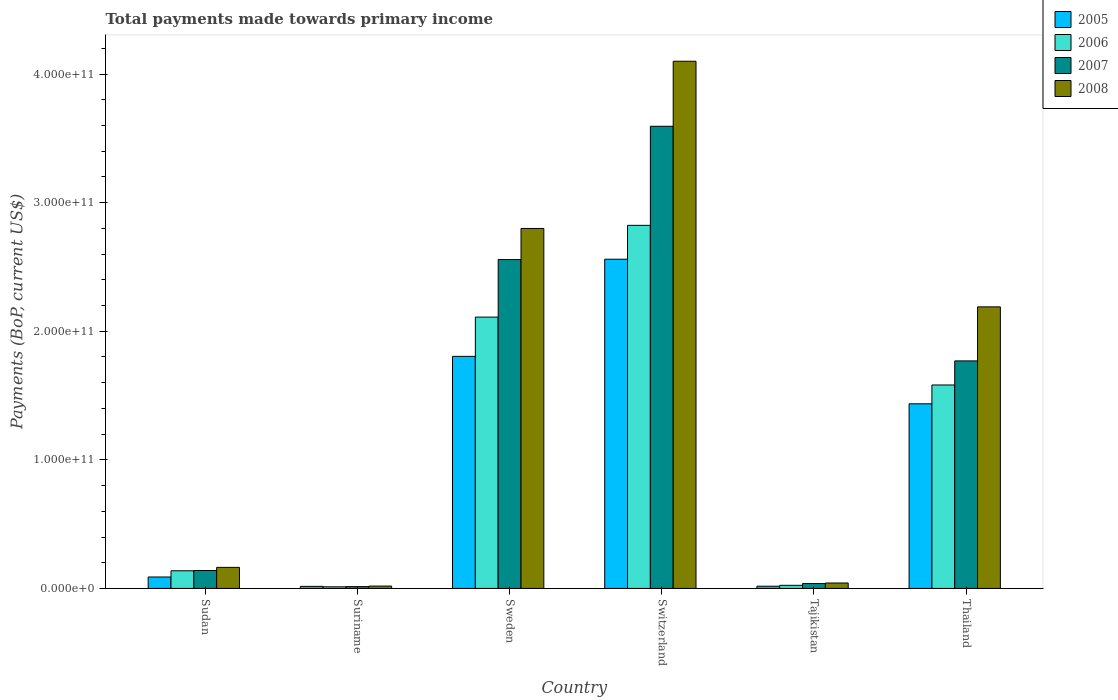
| Country | 2005 | 2006 | 2007 | 2008 |
 | --- | --- | --- | --- | --- |
 | Sudan | 8.9e+09 | 1.37e+10 | 1.4e+10 | 1.64e+10 |
 | Suriname | 1.61e+09 | 1.25e+09 | 1.41e+09 | 1.84e+09 |
 | Sweden | 1.8e+11 | 2.11e+11 | 2.56e+11 | 2.8e+11 |
 | Switzerland | 2.56e+11 | 2.82e+11 | 3.59e+11 | 4.1e+11 |
 | Tajikistan | 1.73e+09 | 2.43e+09 | 3.78e+09 | 4.23e+09 |
 | Thailand | 1.44e+11 | 1.58e+11 | 1.77e+11 | 2.19e+11 |